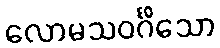
လောမသဝင်္ဂိသော